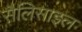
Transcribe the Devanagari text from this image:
सैलिसाइल